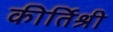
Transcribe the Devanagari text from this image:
कीर्तिश्री